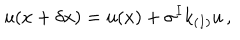
u ( x + \delta x ) = u ( x ) + \sigma ^ { I } k _ { ( I ) } u \, ,